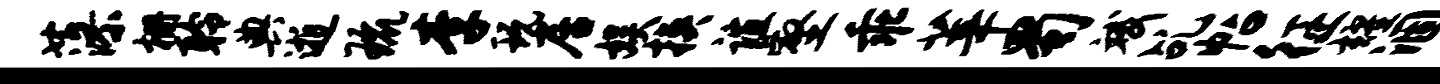
藻栅聆典逝琉李玩居娱挟谊壑乖莘蜀斌乩帖征耀涸